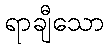
ရာချီသော